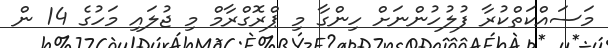
މަސައްކަތްކުރާ ފުލުހުންނަށް ހިންގާ މި ޕްރޮގްރާމް މި ޖުލައި މަހުގެ 14 ން